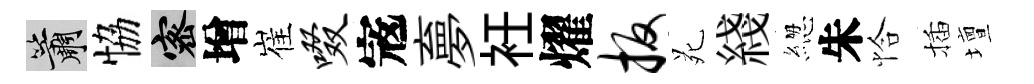
簫恊密增崔啜𡨥夣衽燿扳苑綫緫朱恰插壇